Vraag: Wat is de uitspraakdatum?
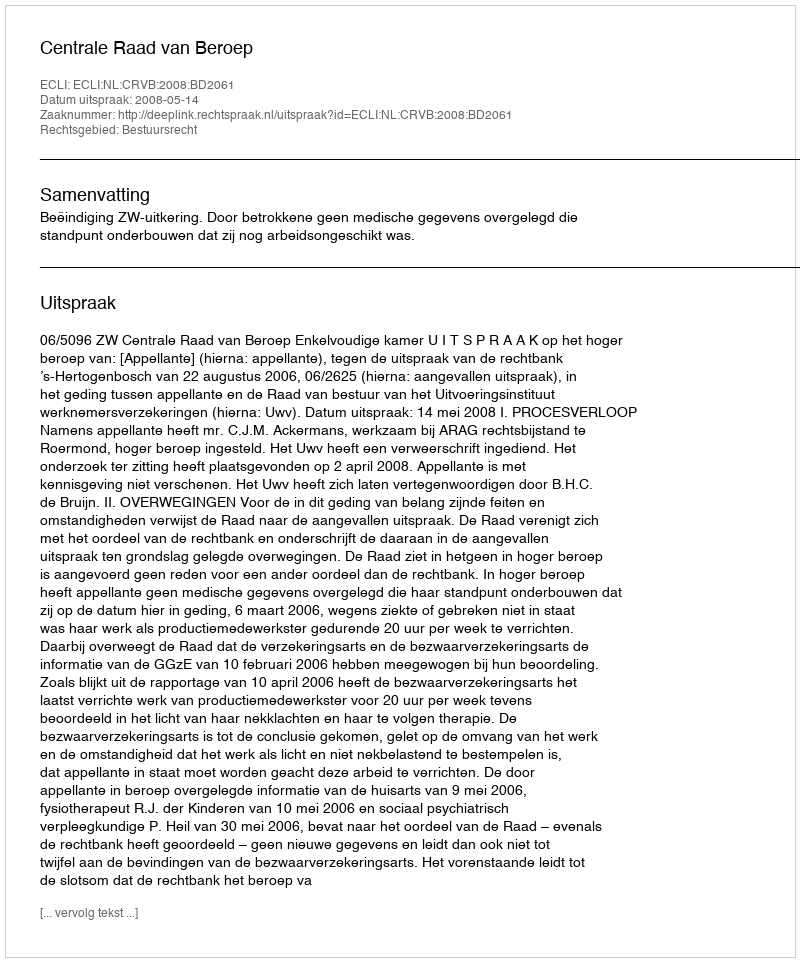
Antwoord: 2008-05-14